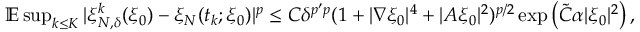
\begin{array} { r } { \mathbb { E } \operatorname* { s u p } _ { k \leq K } | \xi _ { N , \delta } ^ { k } ( \xi _ { 0 } ) - \xi _ { N } ( t _ { k } ; \xi _ { 0 } ) | ^ { p } \leq C \delta ^ { { p ^ { \prime } } p } ( 1 + | \nabla \xi _ { 0 } | ^ { 4 } + | A \xi _ { 0 } | ^ { 2 } ) ^ { p / 2 } \exp \left( \widetilde { C } \alpha | \xi _ { 0 } | ^ { 2 } \right) , } \end{array}